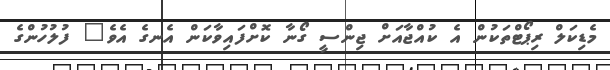
މެޑިކަލް ރިޕޯޓްތަކުން އެ ކުއްޖާއަށް ޖިންސީ ގޯނާ ކޮށްފައިވާކަން އެނގެ އެވެ" ފުލުހުންގެ